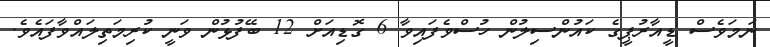
ނަމަވެސް ޑީއާރުޕީގެ ކައުންސިލުން ހުސްވެފައިވާ 6 ގޮޑިއަށް 12 ބޭފުޅުން ވަނީ ކުރިމަތިލައްވާފައެވެ.